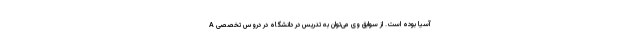
A آسیا بوده است. از سوابق وی می‌توان به تدریس در دانشگاه در دروس تخصصی